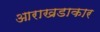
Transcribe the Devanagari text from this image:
आराखडाकार